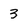
Character: 3